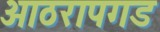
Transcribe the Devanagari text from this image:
आठरापगड